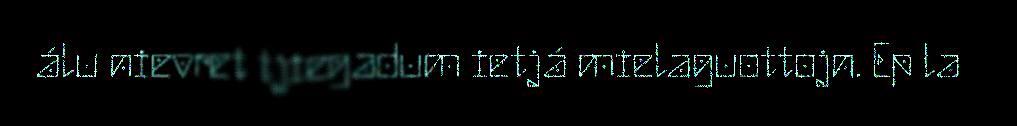
álu nievret tjiegadum ietjá mielaguottojn. Ep la